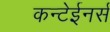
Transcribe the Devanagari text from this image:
कन्टेईनर्स